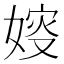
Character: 㛮